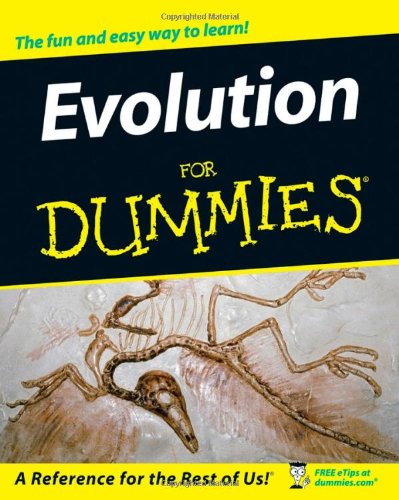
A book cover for Evolution For Dummies; Greg Krukonis; Christian Books & Bibles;